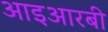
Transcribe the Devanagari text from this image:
आइआरबी